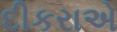
દીકરાએ